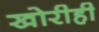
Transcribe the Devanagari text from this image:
खोरीही